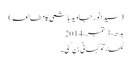
(سیدانورجاوید ہاشمی کا مطالعہ)
بدھ، 3 ستمبر، 2014
لکھا، تو کہانی بن گئی۔